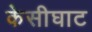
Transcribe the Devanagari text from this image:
केसीघाट